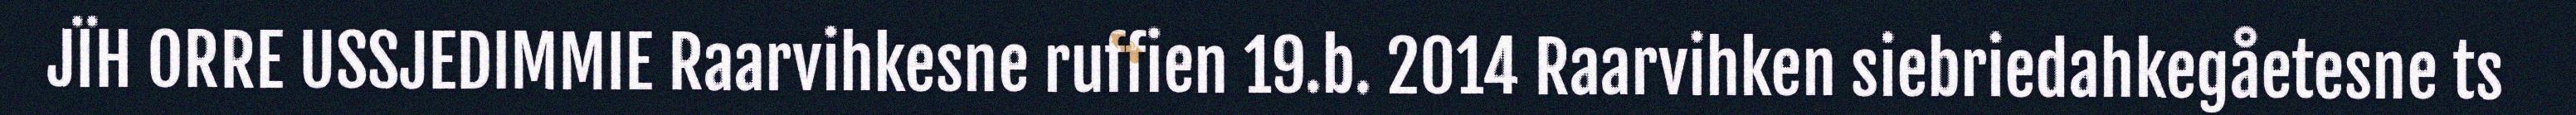
JÏH ORRE USSJEDIMMIE Raarvihkesne ruffien 19.b. 2014 Raarvihken siebriedahkegåetesne ts